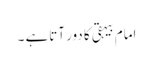
امام بیہقی کا دور آتاہے ۔